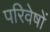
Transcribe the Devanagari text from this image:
परिवेषों